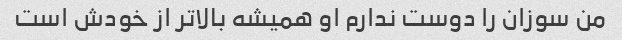
من سوزان را دوست ندارم او همیشه بالاتر از خودش است